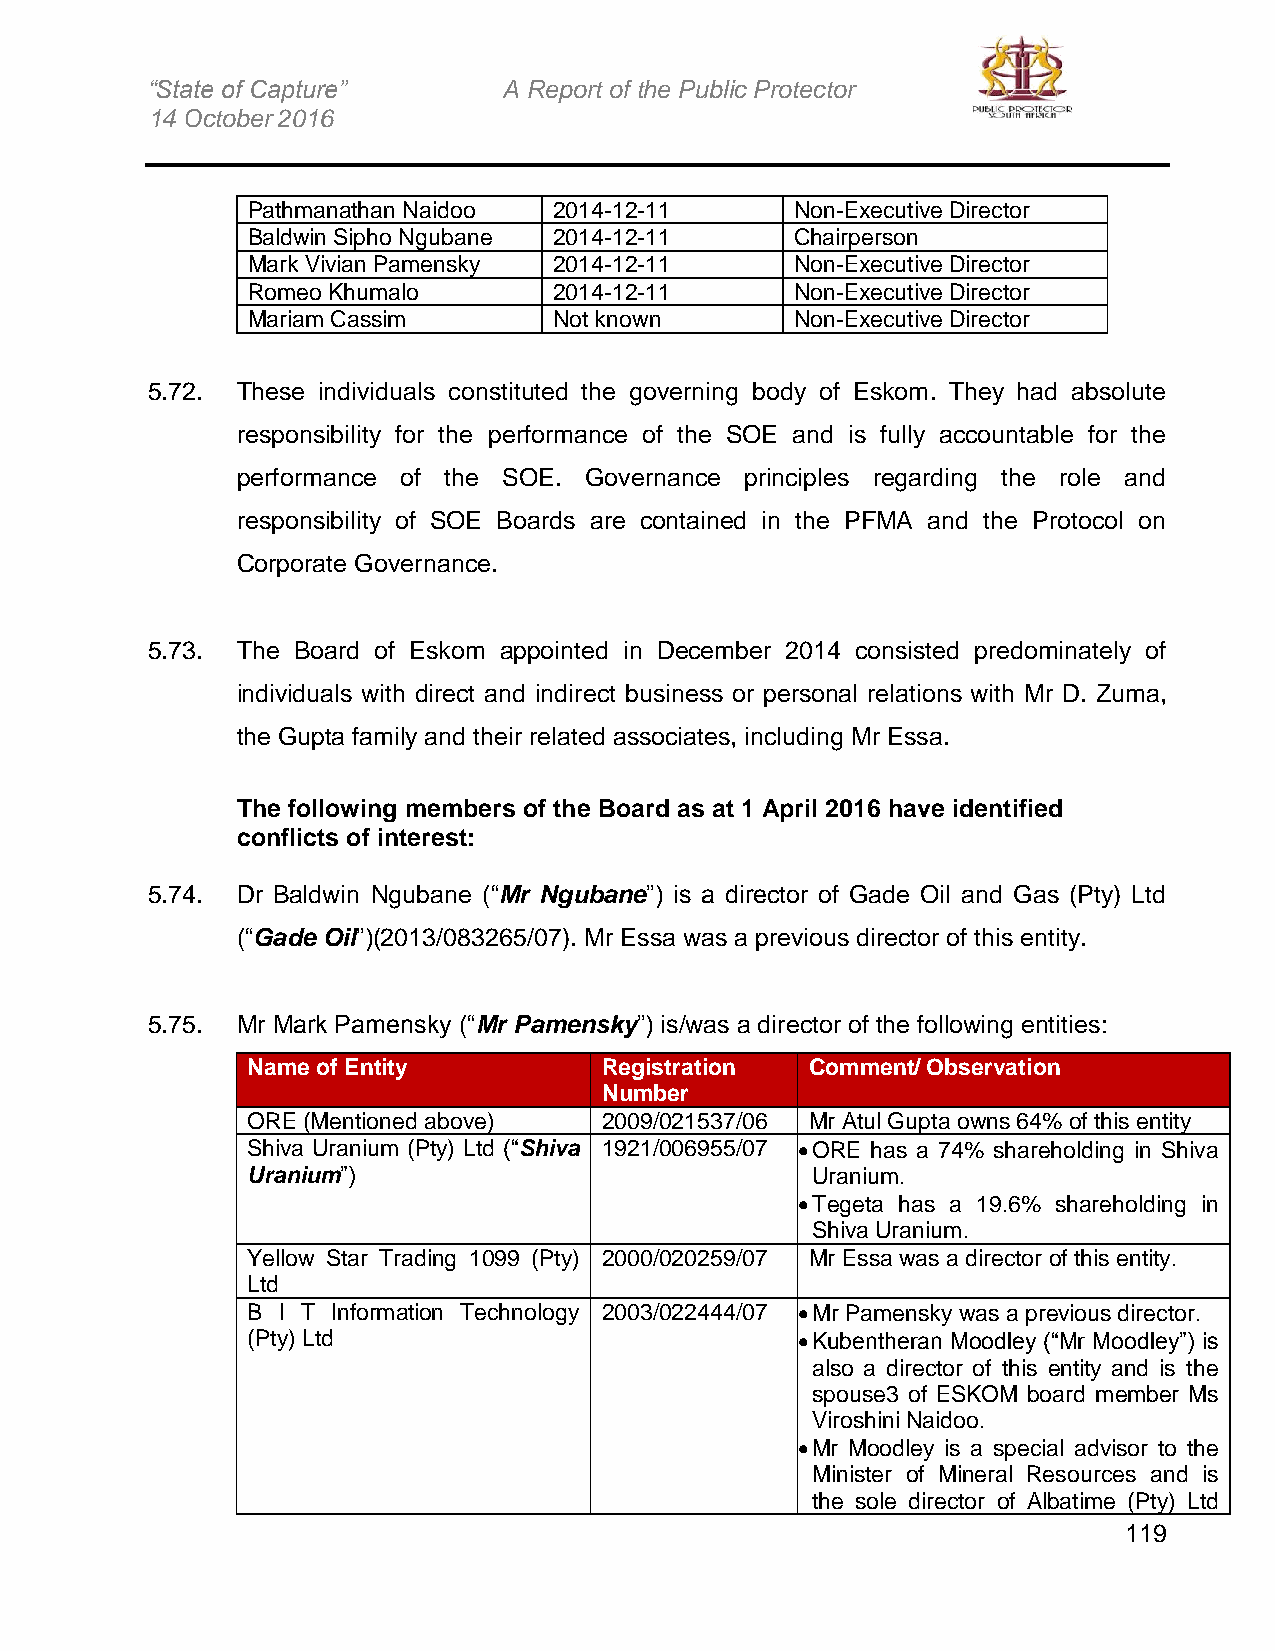
“State of Capture”     A Report of the Public Protector
 14 October 2016
 Pathmanathan Naidoo  2014-12-11      Non-Executive Director
 Baldwin Sipho Ngubane 2014-12-11     Chairperson
 Mark Vivian Pamensky 2014-12-11      Non-Executive Director
 Romeo Khumalo        2014-12-11      Non-Executive Director
 Mariam Cassim        Not known       Non-Executive Director
 5.72. These individuals constituted the governing body of Eskom. They had absolute
 responsibility for the performance of the SOE and is fully accountable for the
 performance of the SOE. Governance principles regarding the role and
 responsibility of SOE Boards are contained in the PFMA and the Protocol on
 Corporate Governance.
 5.73. The Board of Eskom appointed in December 2014 consisted predominately of
 individuals with direct and indirect business or personal relations with Mr D. Zuma,
 the Gupta family and their related associates, including Mr Essa.
 The following members of the Board as at 1 April 2016 have identified
 conflicts of interest:
 5.74. Dr Baldwin Ngubane (“Mr Ngubane”) is a director of Gade Oil and Gas (Pty) Ltd
 (“Gade Oil”)(2013/083265/07). Mr Essa was a previous director of this entity.
 5.75. Mr Mark Pamensky (“Mr Pamensky”) is/was a director of the following entities:
 Name of Entity          Registration  Comment/ Observation
 Number
 ORE (Mentioned above)   2009/021537/06 Mr Atul Gupta owns 64% of this entity
 Shiva Uranium (Pty) Ltd (“Shiva 1921/006955/07  ORE has a 74% shareholding in Shiva
 Uranium”)                             Uranium.
  Tegeta has a 19.6% shareholding in
 Shiva Uranium.
 Yellow Star Trading 1099 (Pty) 2000/020259/07 Mr Essa was a director of this entity.
 Ltd
 B I T Information Technology 2003/022444/07  Mr Pamensky was a previous director.
 (Pty) Ltd                             Kubentheran Moodley (“Mr Moodley”) is
 also a director of this entity and is the
 spouse3 of ESKOM board member Ms
 Viroshini Naidoo.
  Mr Moodley is a special advisor to the
 Minister of Mineral Resources and is
 the sole director of Albatime (Pty) Ltd
 119